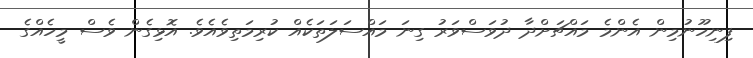
ފިނިހޫނުމިން އެންމެ މައްޗަށްދާ ދުވަސްވަރު ގިނަ މައްސަލަތަކެއް ކުރިމަތިވެއެވެ. އޮޅިގެން ވެސް މީހެއްގެ